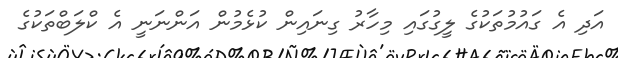
އަދި އެ ގައުމުތަކުގެ ލީގުގައި މިހާރު ގިނައިން ކުޅެމުން އަންނަނީ އެ ކްލަބްތަކުގެ